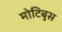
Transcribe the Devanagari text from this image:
मोटिबुस